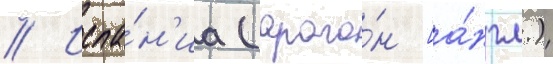
// Испа́н'иа (араго́н [а́нгл.)